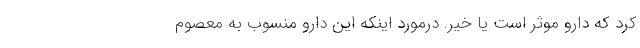
کرد که دارو موثر است یا خیر. درمورد اینکه این دارو منسوب به معصوم